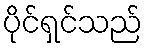
ပိုင်ရှင်သည်